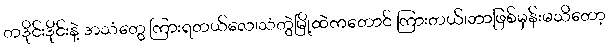
တဒိုင်းဒိုင်းနဲ့ အသံတွေ ကြားရတယ်လေ၊သံတွဲမြို့ထဲကတောင် ကြားတယ်၊ဘာဖြစ်မှန်းမသိတော့